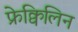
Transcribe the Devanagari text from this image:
फ्रेक्विलिन